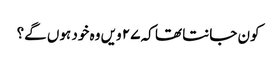
کون جانتا تھا کہ ۲۷ ویں وہ خود ہوں گے؟